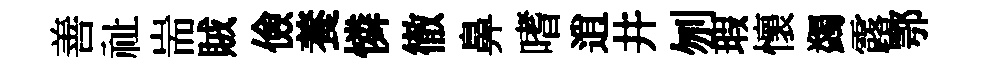
善祉耑賊儉養憐徹鼻嗜逍井刎瑕懷蠲露鄂